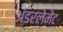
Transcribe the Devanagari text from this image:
अंडरलेमेंट